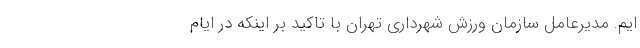
ایم. مدیرعامل سازمان ورزش شهرداری تهران با تاکید بر اینکه در ایام